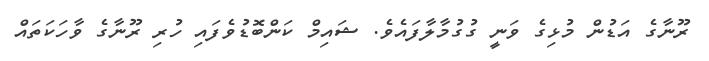
ރޫނާގެ އަޑުން މުޅިގެ ވަނީ ގުުގުމާލާފައެވެ. ޝައިމް ކަންބޮޑުވެފައި ހުރި ރޫނާގެ ވާހަކަތައް